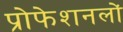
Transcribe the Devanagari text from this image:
प्रोफेशनलों